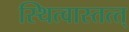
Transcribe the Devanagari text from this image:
स्थित्वास्तत्त्